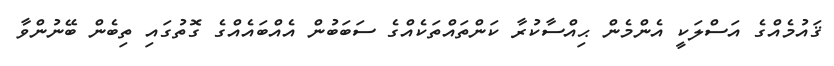
ޤައުމެއްގެ އަސްލަކީ އެންމެން ޙިއްސާކުރާ ކަންތައްތަކެއްގެ ސަބަބުން އެއްބައެއްގެ ގޮތުގައި ތިބެން ބޭނުންވާ